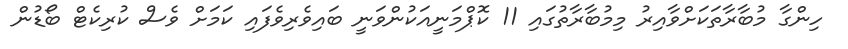
ހިންގާ މުބާރާތަކަށްވާއިރު މިމުބާރާތުގައި 11 ކޮޕްމަނީއަކުންވަނީ ބައިވެރިވެފައި ކަމަށް ވެސް ކުރިކެޓް ބޯޑުން